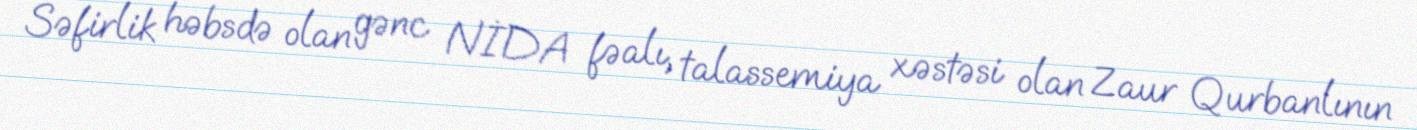
Səfirlik həbsdə olan gənc NİDA fəalı, talassemiya xəstəsi olan Zaur Qurbanlının